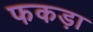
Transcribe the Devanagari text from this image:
फकड़ा